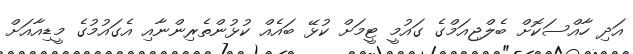
އަދި ހާއްސަކޮށް ބެލްޖިއަމްގެ ގައުމީ ޓީމަށް ކުޅޭ ބައެއް ކުޅުންތެރިންނާއި އެގައުމުގެ މީޑިއާއަށް